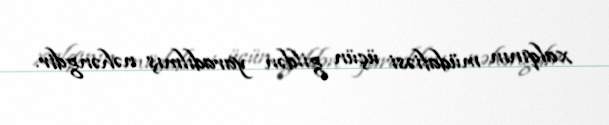
xalqının müdafiəsi üçün gildən yaradılmış nəhəngdir.